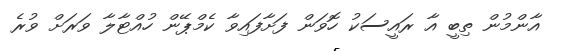
އާންމުން ތިބީ އާ ރައީސަކު ހޮވަން ފަށާފައިވާ ކެމްޕޭން ހުއްޓާލާ ވަރަށް ވުރެ